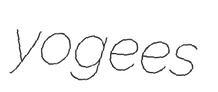
yogees